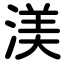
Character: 渼